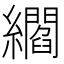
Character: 䌪